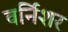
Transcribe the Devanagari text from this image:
वर्निशर